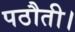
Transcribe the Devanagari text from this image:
पठौती।